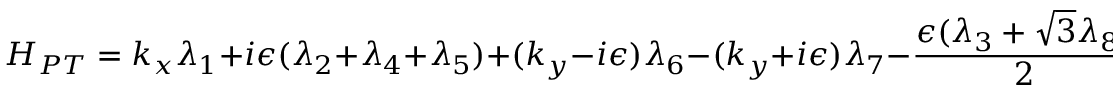
H _ { P T } = k _ { x } \lambda _ { 1 } + i \epsilon ( \lambda _ { 2 } + \lambda _ { 4 } + \lambda _ { 5 } ) + ( k _ { y } - i \epsilon ) \lambda _ { 6 } - ( k _ { y } + i \epsilon ) \lambda _ { 7 } - \frac { \epsilon ( \lambda _ { 3 } + \sqrt { 3 } \lambda _ { 8 } ) } { 2 } .